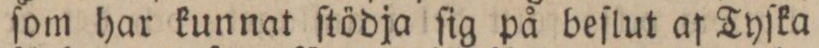
ſom har kunnat ſtödja ſig på beſlut af Tyſka